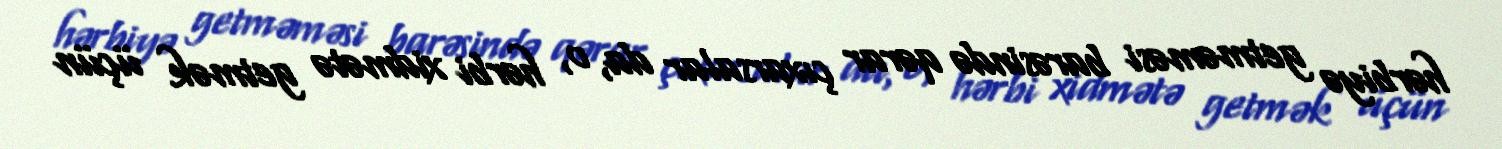
hərbiyə getməməsi barəsində qərar çıxarsalar da, o, hərbi xidmətə getmək üçün